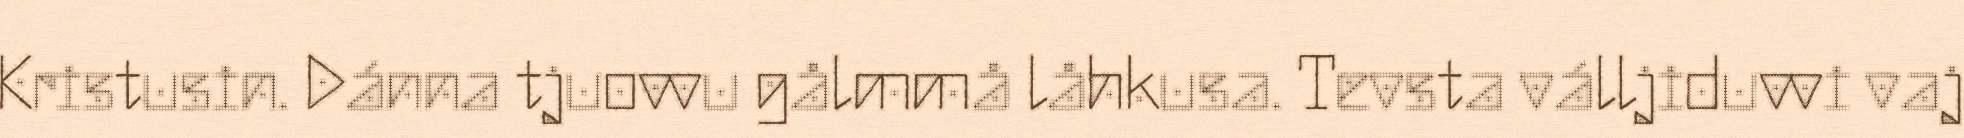
Kristusin. Dánna tjuovvu gålmmå låhkusa. Tevsta válljiduvvi vaj